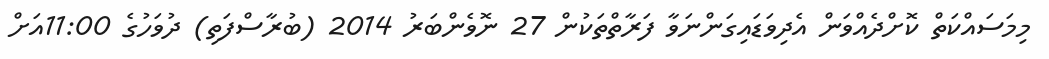
މިމަސައްކަތް ކޮށްދެއްވަން އެދިވަޑައިގަންނަވާ ފަރާތްތަކުން 27 ނޮވެންބަރު 2014 (ބުރާސްފަތި) ދުވަހުގެ 11:00އަށް